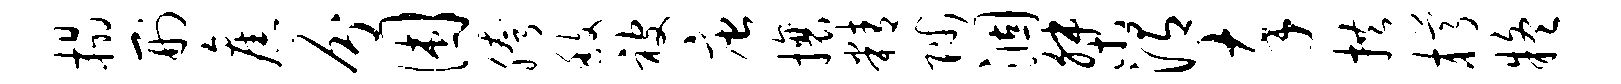
榻刑旧分困胯馥被唐攘精陟涸桀渭卒拱樽疑